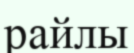
райлы